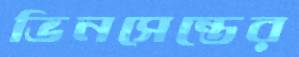
ভিনসেন্তের